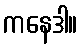
ကနေဒါ။